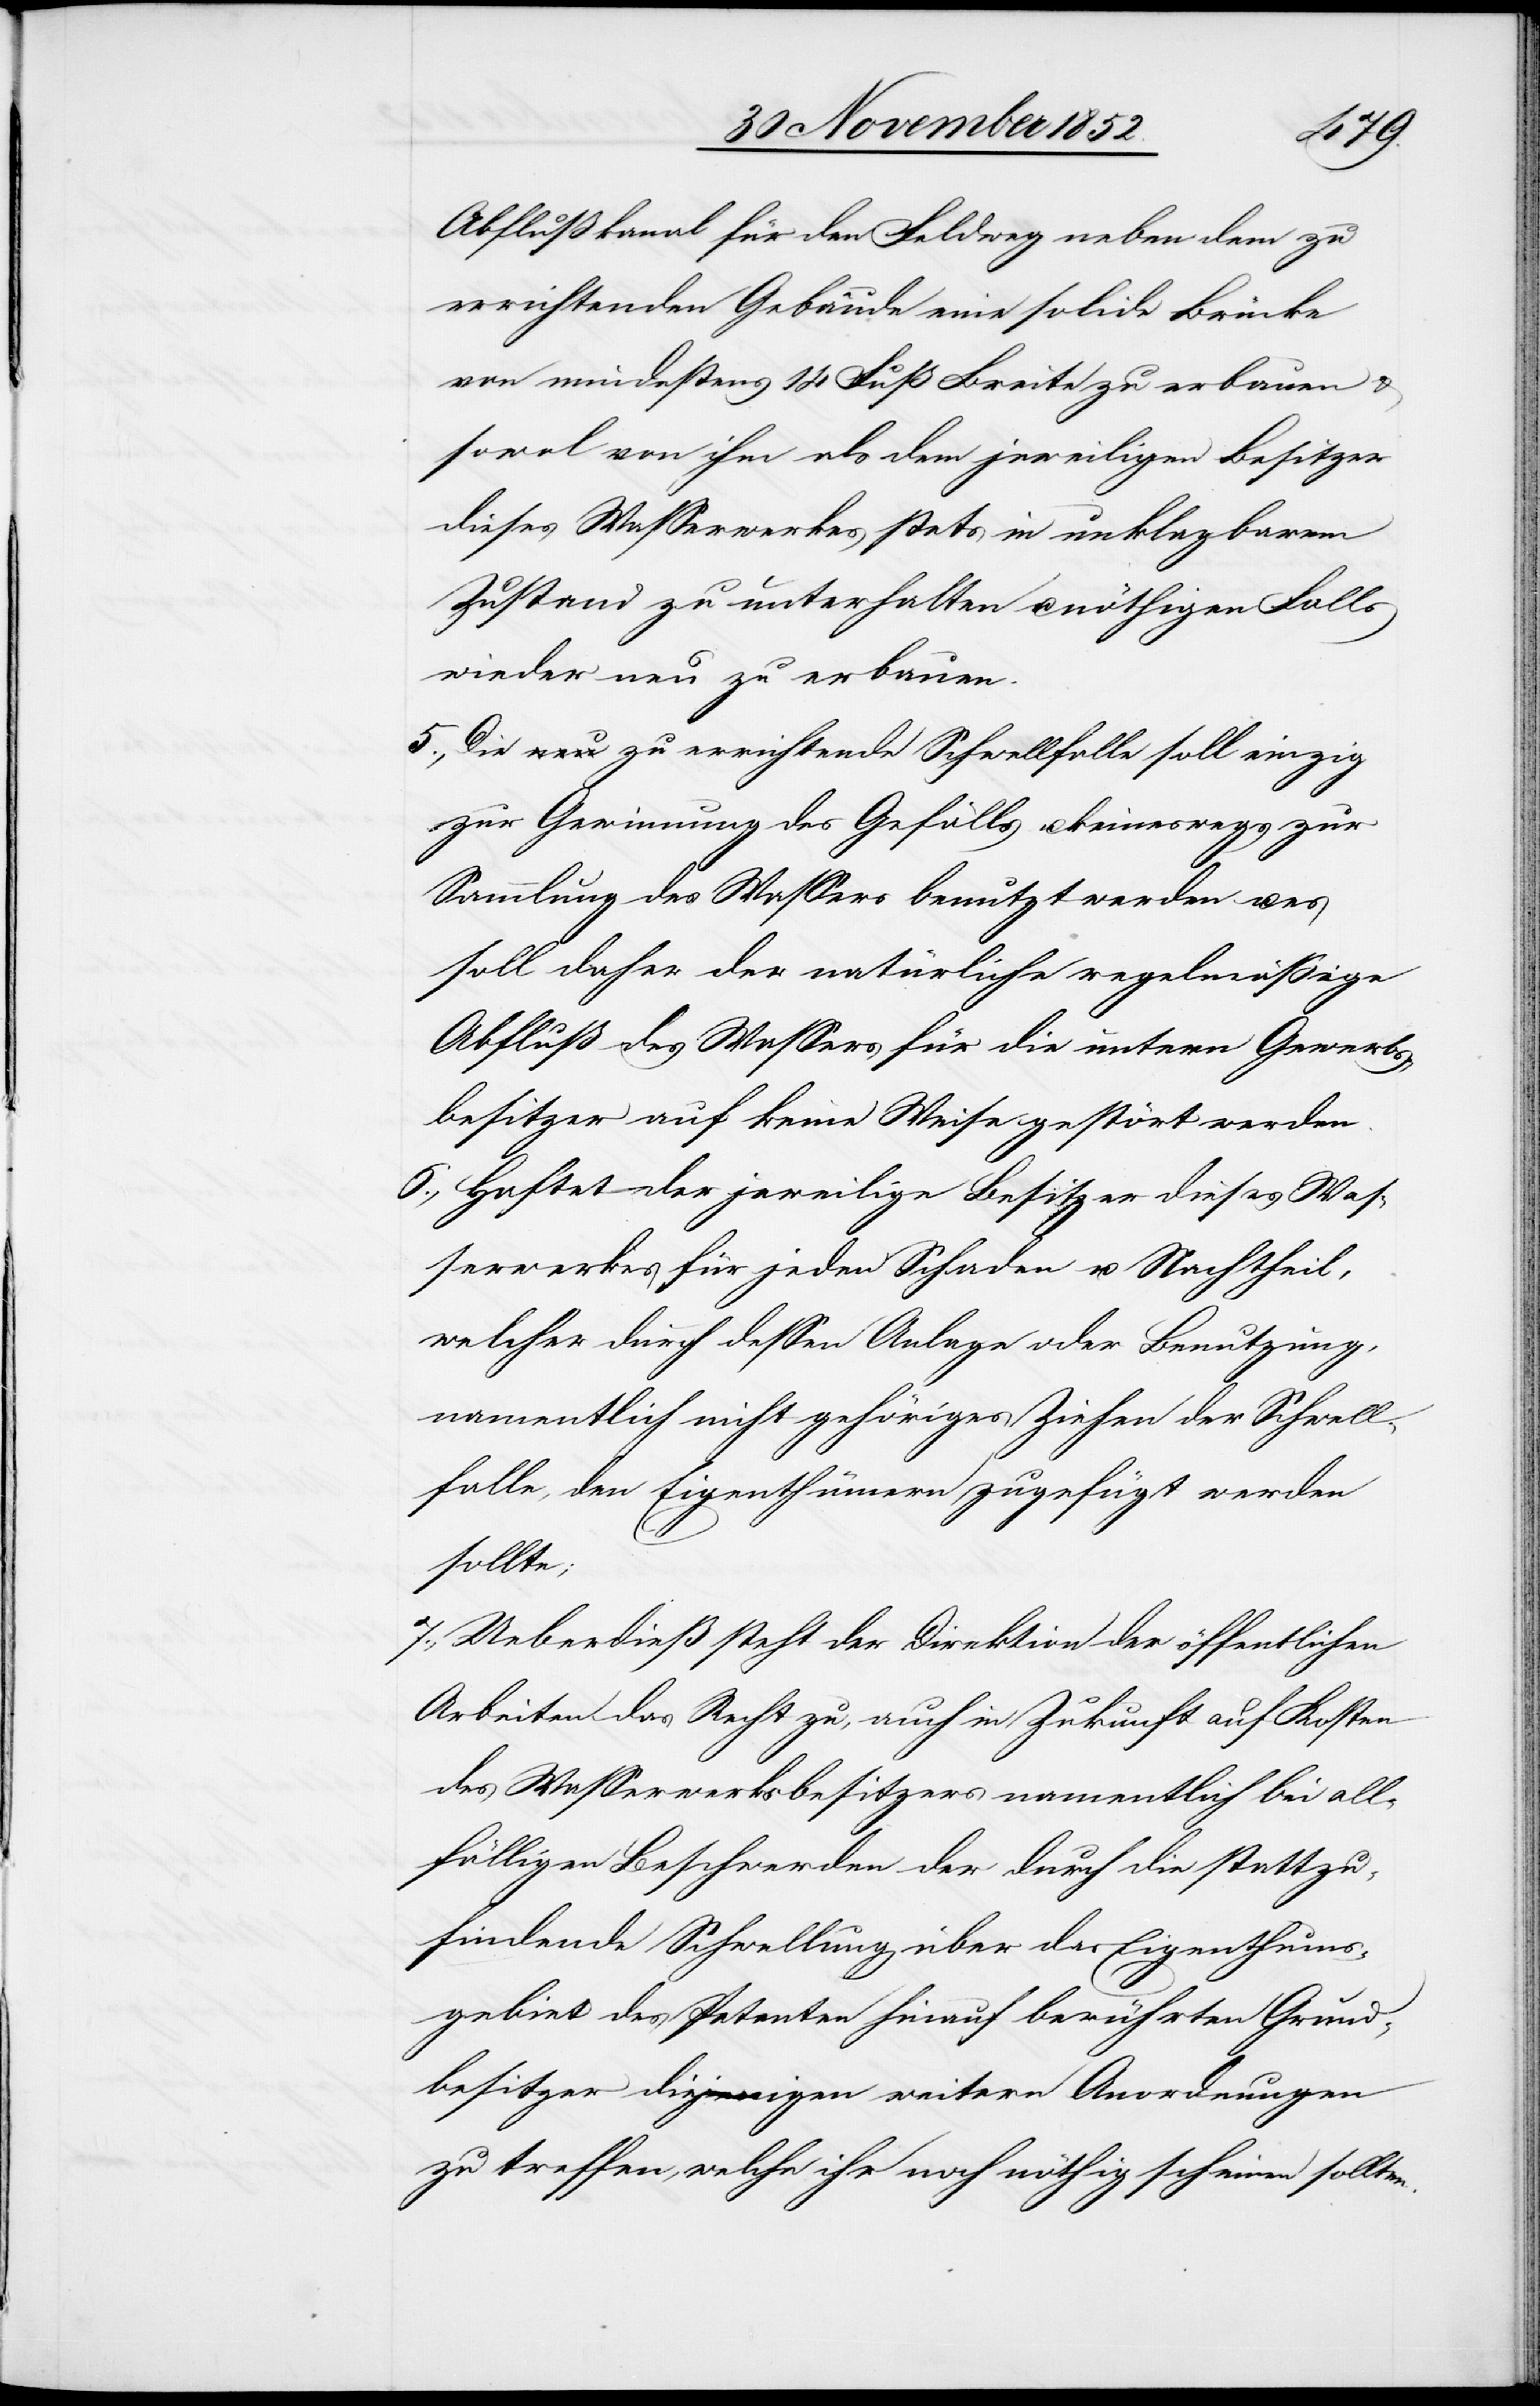
Abflußkanal für den Feldweg neben dem zu
errichtenden Gebäude eine solide Brücke
von mindestens 14 Fuß Breite zu erbauen &
sowol von ihm als dem jeweiligen Besitzer
dieses Wasserwerkes stets in unklagbarem
Zustand zu unterhalten u. nöthigen Falls
wieder neu zu erbauen.
Die a-neu-a zu errichtende Schwellfalle soll einzig
zur Gewinnung des Gefälls u. keineswegs zur
Sammlung des Wassers benutzt werden u. es
soll daher der natürliche regelmäßige
Abfluß des Wassers für die untern Gewerbs¬
besitzer auf keine Weise gestört werden.
Haftet der jeweilige Besitzer dieses Was¬
serwerkes für jeden Schaden u. Nachtheil,
welcher durch dessen Anlage oder Benutzung,
namentlich nicht gehöriges Ziehen der Schwell¬
falle, den Eigenthümern zugefügt werden
sollte;
Ueberdieß steht der Direktion der öffentlichen
Arbeiten das Recht zu, auch in Zukunft auf Kosten
des Wasserwerksbesitzers namentlich bei all¬
fälligen Beschwerden der durch die stattzu¬
findende Schwellung über das Eigenthums¬
gebiet des Petenten hinauf berührten Grund¬
besitzer diejenigen weitern Anordnungen
zu treffen, welche ihr noch nöthig scheinen sollten.